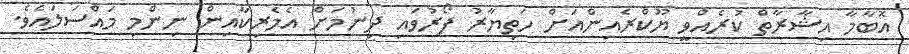
އޮބާމާ އިޝާރާތް ކުރެއްވީ ޔޫކްރެއިންއަށް ހަތިޔާރު ފޯރުވައި ދިނުމަށް އެމެރިކާއިން ނިންމި މައްސަލައެވެ.